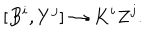
[ B ^ { i } , Y ^ { j } ] \rightarrow K ^ { i } Z ^ { j } .